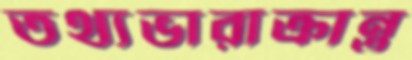
তথ্যভারাক্রান্ত